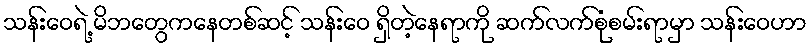
သန်းဝေရဲ့ မိဘတွေကနေတစ်ဆင့် သန်းဝေ ရှိတဲ့နေရာကို ဆက်လက်စုံစမ်းရာမှာ သန်းဝေဟာ